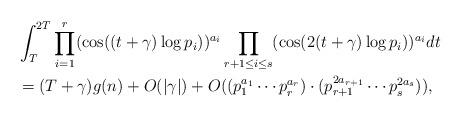
LaTeX: \begin{align*}&\int_T^{2T} \prod_{i=1}^r (\cos( (t+\gamma)\log p_i))^{a_i} \prod_{ r+1\le i\le s}(\cos(2(t+\gamma)\log p_i))^{a_i} dt \\&=(T+\gamma)g(n) +O(|\gamma|) + O( (p_1^{a_1}\cdots p_r^{a_r}) \cdot (p_{r+1}^{2a_{r+1}} \cdots p_{s}^{2a_{s}})),\end{align*}